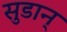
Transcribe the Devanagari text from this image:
सुडान्